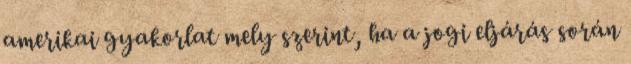
amerikai gyakorlat mely szerint, ha a jogi eljárás során